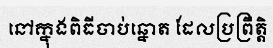
នៅក្នុងពិធីចាប់ឆ្នោត ដែលប្រព្រឹត្តិ